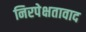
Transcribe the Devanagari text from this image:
निरपेक्षतावाद